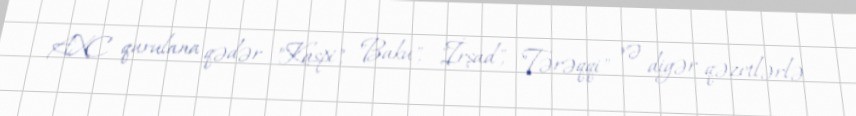
AXC qurulana qədər "Kaspi", "Baku", "İrşad", "Tərəqqi" və digər qəzetlərlə